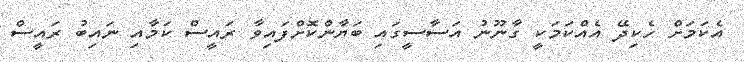
އެކަމަށް ހެކިދޭ އެއްކަމަކީ ގާނޫނު އަސާސީގައި ބަޔާންކޮށްފައިވާ ރައީސް ކަމާއި ނައިބު ރައީސް